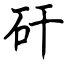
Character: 矸